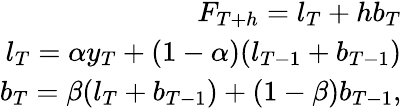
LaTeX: \begin{array}{r}{F_{T+h}=l_{T}+hb_{T}}\\ {l_{T}=\alpha y_{T}+(1-\alpha)(l_{T-1}+b_{T-1})}\\ {b_{T}=\beta(l_{T}+b_{T-1})+(1-\beta)b_{T-1},}\end{array}